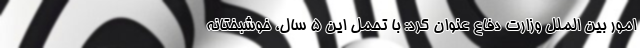
امور بین الملل وزارت دفاع عنوان کرد: با تحمل این ۵ سال‌، خوشبختانه